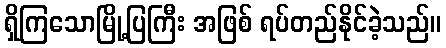
ရှိကြသောမြို့ပြကြီး အဖြစ် ရပ်တည်နိုင်ခဲ့သည်။